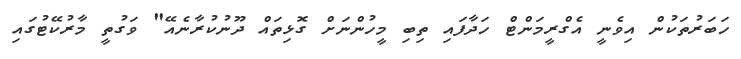
ހަބަރުތަކުން އިވެނީ އެގްރީމަންޓް ހަދާފައި ތިބި މީހުންނަށް ގޮޅިތައް ދޫނުކުރާނެއޭ" ވަގުތީ މާރުކޭޓުގައި